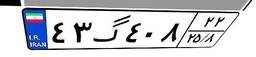
۴۳گ۴۰۸۲۲